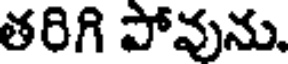
తరిగి పోవును.